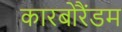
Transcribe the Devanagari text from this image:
कारबोरैंडम